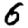
Digit: 6